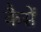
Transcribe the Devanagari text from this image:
कैसें